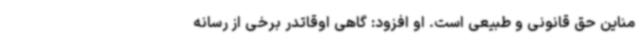
مناین حق قانونی و طبیعی است. او افزود: گاهی اوقاتدر برخی از رسانه